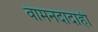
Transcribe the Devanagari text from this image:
वामनदादाही